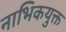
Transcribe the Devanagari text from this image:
नाभिकयुक्त